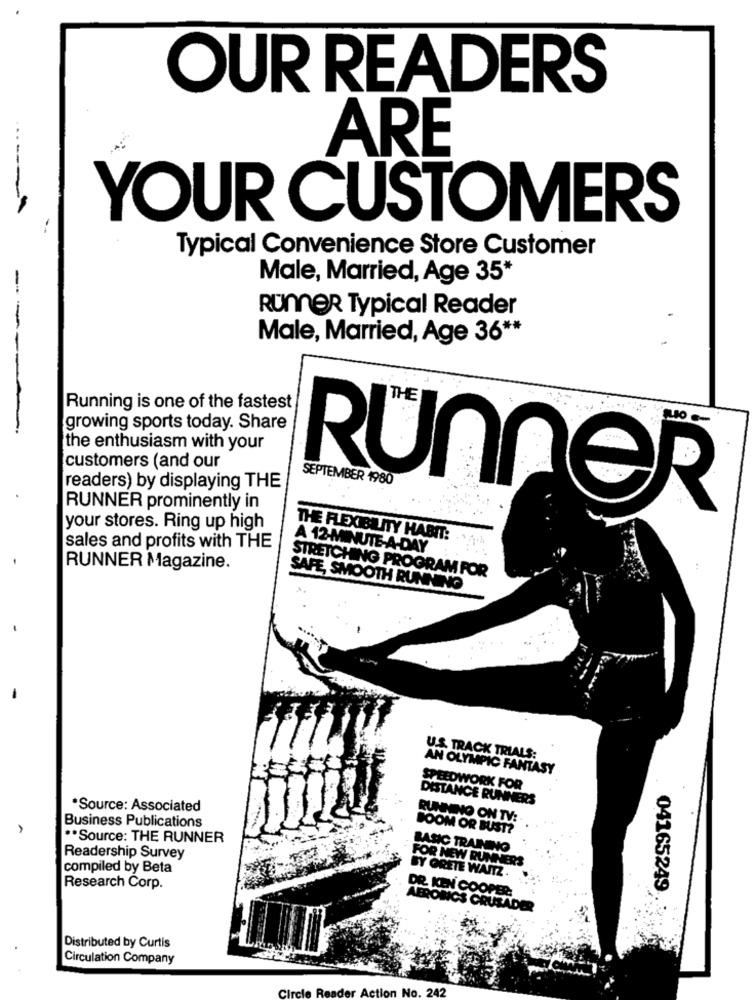
OUR READERS
ARE
YOUR CUSTOMERS
Typical Convenience Store Customer
Male, Married, Age 35*
--
RUNNER Typical Reader
Male, Married, Age 36 **
-
Running is one of the fastest
growing sports today. Share
the enthusiasm with your
customers (and our
SEPTEMBER 1980
readers) by displaying THE
RUNNER prominently in
your stores. Ring up high
RUNNER
THE FLEXIBILITY HABIT:
sales and profits with THE
A 12-MINUTE-A-DAY
-
RUNNER Magazine.
STRETCHING PROGRAM FOR
SAFE, SMOOTH RUNNING
-
U.S. TRACK TRIALS:
AN OLYMPIC FANTASY
SPEEDWORK FOR
DISTANCE RUNNERS
*Source: Associated
Business Publications
RUNNING ON TV:
BOOM OR BUST?
** Source: THE RUNNER
BASIC TRAINING
Readership Survey
FOR NEW RUNNER
compiled by Beta
BY GRETE WAITZ .
Research Corp.
04165249
DR. KEN COOPER:
AEROINCS CRUSADER
Distributed by Curtis
Circulation Company
Circle Reader Action No. 242